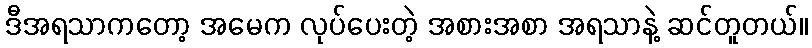
ဒီအရသာကတော့ အမေက လုပ်ပေးတဲ့ အစားအစာ အရသာနဲ့ ဆင်တူတယ်။